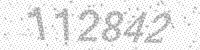
Solution: 112842